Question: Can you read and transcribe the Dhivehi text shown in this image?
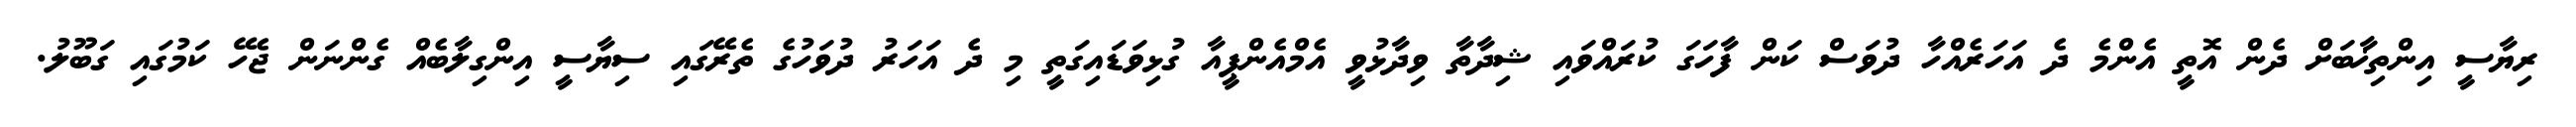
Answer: ރިޔާސީ އިންތިޚާބަށް ދެން އޮތީ އެންމެ ދެ އަހަރެއްހާ ދުވަސް ކަން ފާހަގަ ކުރައްވައި ޝިދާތާ ވިދާޅުވީ އެމްއެންޕީއާ ގުޅިވަޑައިގަތީ މި ދެ އަހަރު ދުވަހުގެ ތެރޭގައި ސިޔާސީ އިންގިލާބެއް ގެންނަން ޖެހޭ ކަމުގައި ގަބޫލު.